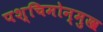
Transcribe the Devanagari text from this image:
पश्चिमोन्मुख